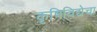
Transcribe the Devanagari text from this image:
कृषिविद्येचा